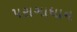
પરાગાધાન